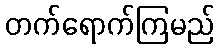
တက်ရောက်ကြမည်